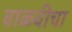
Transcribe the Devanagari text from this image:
वाळवीचा